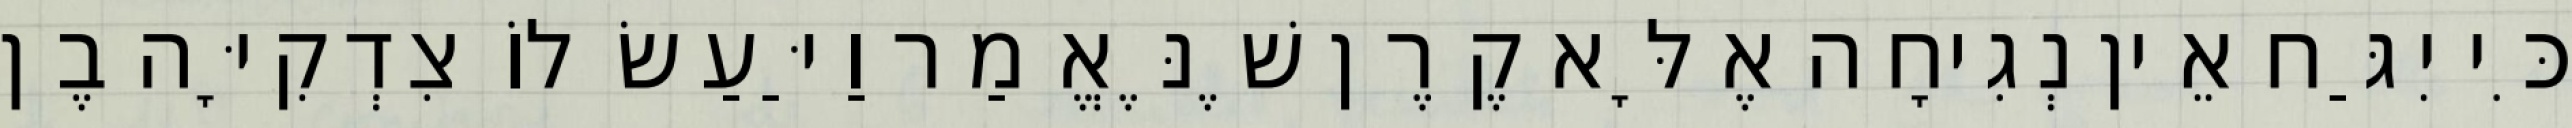
כִּי יִגַּח אֵין נְגִיחָה אֶלָּא קֶרֶן שֶׁנֶּאֱמַר וַיַּעַשׂ לוֹ צִדְקִיָּה בֶן